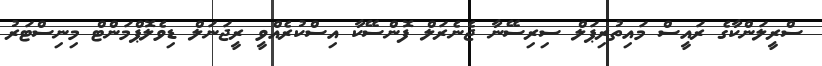
ސްރީލަންކާގެ ރައީސް މައިތުރިޕަލް ސިރިސޭނާ ޖެނެރަލް ފޮންސޭކާ އިސްކުރެއްވީ ރީޖަނަލް ޑިވެލޮޕްމަންޓް މިނިސްޓަރު